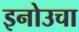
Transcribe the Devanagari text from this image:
इनोउचा